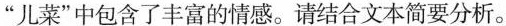
“儿菜”中包含了丰富的情感。请结合文本简要分析。